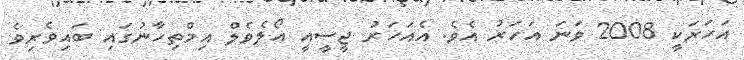
އަހަރަކީ 2008 ވަނަ އަހަރު އެވެ. އެއަހަރު ޖީސީއީ އޯލެވެލް އިމްތިހާނުގައި ބައިވެރިވެ